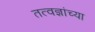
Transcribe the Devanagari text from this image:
तत्वज्ञांच्या